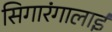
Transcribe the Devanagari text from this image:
सिगारंगालाई